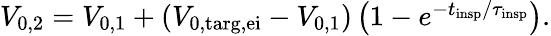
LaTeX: \begin{array}{r}{V_{\mathrm{0,2}}=V_{\mathrm{0,1}}+\left(V_{\mathrm{0,targ,ei}}-V_{\mathrm{0,1}}\right)\left(1-e^{-t_{\mathrm{insp}}/\tau_{\mathrm{insp}}}\right).}\end{array}